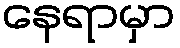
နေရာမှာ